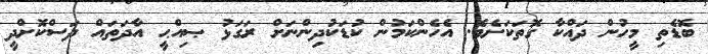
ބޮޑެތި މީހުން ދައްކާ ގޮތަކަށެވެ. އެހެންކަމުން ކުޑަކުދިންނަށް ރަގަޅު ޞިއްޙީ އާދަތައް ދަސްކޮށްދީ